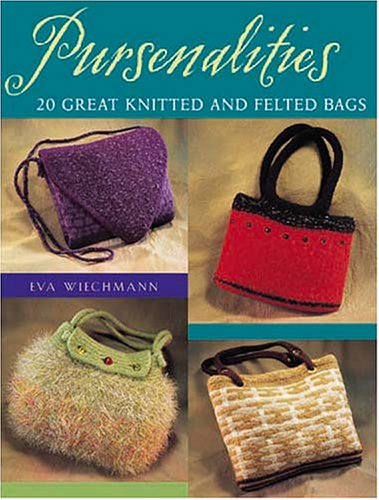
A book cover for Pursenalities: 20 Great Knitted and Felted Bags; Eva Wiechmann; Crafts, Hobbies & Home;